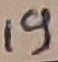
Text: 19